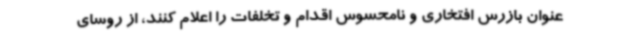
عنوان بازرس افتخاری و نامحسوس اقدام و تخلفات را اعلام کنند، از روسای